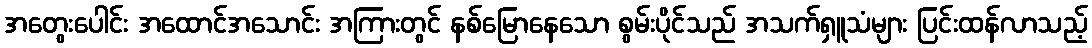
အတွေးပေါင်း အထောင်အသောင်း အကြားတွင် နစ်မြောနေသော စွမ်းပိုင်သည် အသက်ရှူသံများ ပြင်းထန်လာသည့်